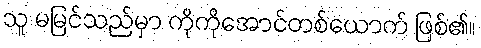
သူ မမြင်သည်မှာ ကိုကိုအောင်တစ်ယောက် ဖြစ်၏။